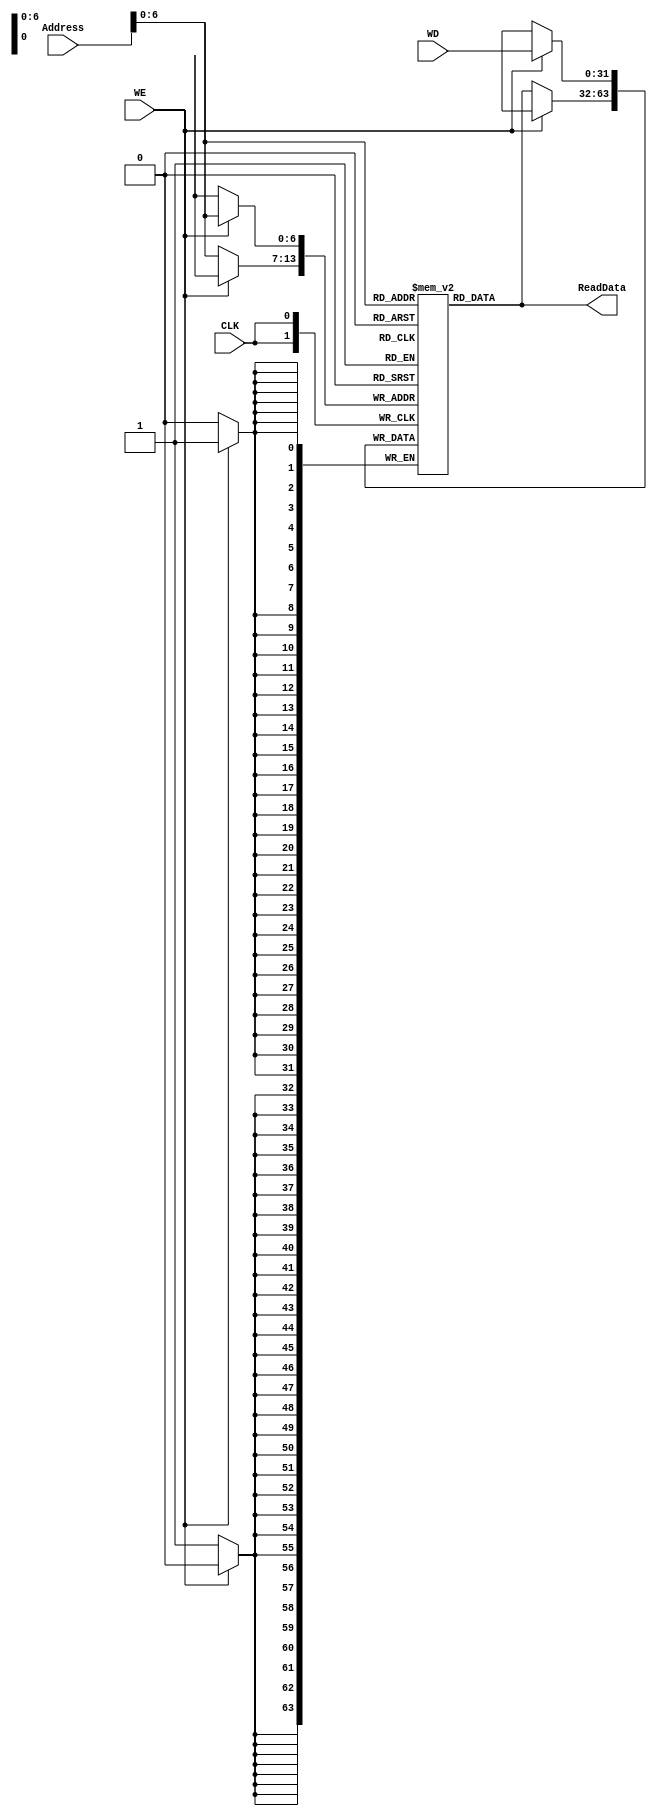
module DataMem(
    input wire CLK,

    //! write port
    input wire [31:0]	Address,
    input wire WE, //! Write Enable
    input wire [31:0]	WD, //! Write Data

    //! read port
    output wire	[31:0]	ReadData
  );

  reg [31:0] DATA_MEM [0:127];

  // initial
  //   $readmemh("data_mem.txt", DATA_MEM);

  initial
    begin
      DATA_MEM[0] = 32'h00000000;
      DATA_MEM[1] = 32'h00000002;
      DATA_MEM[2] = 32'hFFFFFFFE;
    end


  always @(posedge CLK)
    begin : mem_write
      if (WE)
        DATA_MEM[Address] <= WD;
      else
        DATA_MEM[Address] <= DATA_MEM[Address];
    end

  //! mem read
  assign ReadData = DATA_MEM[Address][31:0];

endmodule